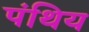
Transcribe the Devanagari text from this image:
पंथिय